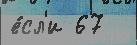
е́сл'и 67